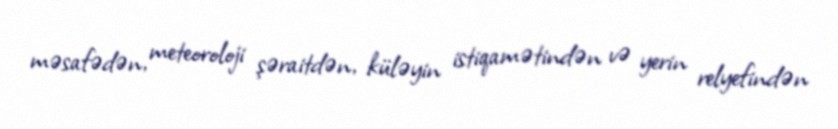
məsafədən, meteoroloji şəraitdən, küləyin istiqamətindən və yerin relyefindən